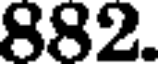
882.